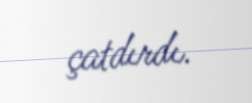
çatdırdı.